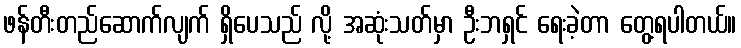
ဖန်တီးတည်ဆောက်လျက် ရှိပေသည် လို့ အဆုံးသတ်မှာ ဦးဘရှင် ရေးခဲ့တာ တွေ့ရပါတယ်။